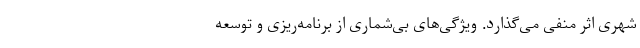
شهری اثر منفی می‌گذارد. ویژگی‌های بی‌شماری از برنامه‌ریزی و توسعه